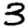
Digit: 3